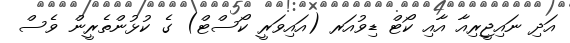
އަދި ނައިޖީރިއާ އާއި ކޯޓް ޑިވުއަރ (އައިވަރީ ކޯސްޓް) ގެ ކުޅުންތެރީން ވެސް